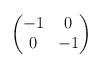
LaTeX: \begin{align*}\begin{pmatrix}-1 & 0 \\ 0 & -1\end{pmatrix}\end{align*}